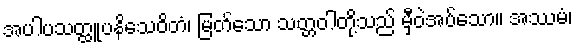
အပါပသတ္ထူပနိသေဝိတံ၊ မြတ်သော သတ္တဝါတို့သည် မှီဝဲအပ်သော။ အဿမံ၊